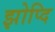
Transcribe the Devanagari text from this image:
झोप्दि